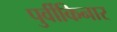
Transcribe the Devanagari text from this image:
पुर्वीकिनार